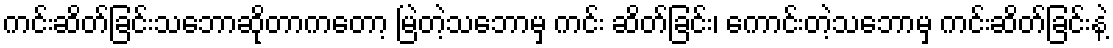
ကင်းဆိတ်ခြင်းသဘောဆိုတာကတော့ မြဲတဲ့သဘောမှ ကင်း ဆိတ်ခြင်း၊ ကောင်းတဲ့သဘောမှ ကင်းဆိတ်ခြင်းနဲ့